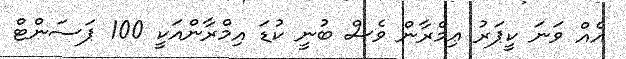
އެއް ވަނަ ކީޕަރު ޢިމްރާން ވެސް ބުނީ ކުޑަ އިމްރާންއަކީ 100 ޕަސަންޓް